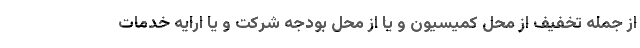
از جمله تخفیف از محل کمیسیون و یا از محل بودجه شرکت و یا ارایه خدمات